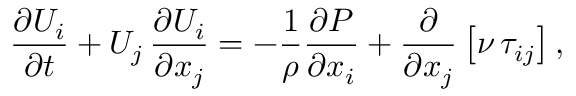
\frac { \partial U _ { i } } { \partial t } + U _ { j } \, \frac { \partial U _ { i } } { \partial x _ { j } } = - \frac { 1 } { \rho } \frac { \partial P } { \partial x _ { i } } + \frac { \partial } { \partial x _ { j } } \left[ \nu \, \tau _ { i j } \right] ,